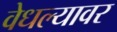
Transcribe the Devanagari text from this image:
वेधल्यावर